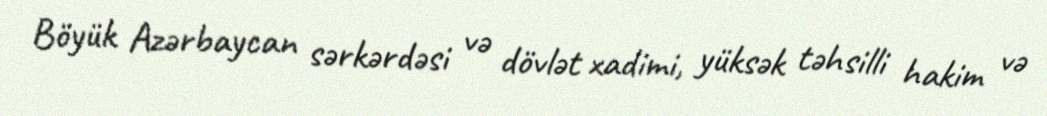
Böyük Azərbaycan sərkərdəsi və dövlət xadimi, yüksək təhsilli hakim və